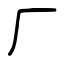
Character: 厂